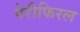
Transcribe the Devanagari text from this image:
पेरीफिरल